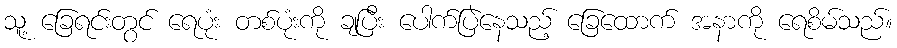
သူ့ ခြေရင်းတွင် ရေပုံး တစ်ပုံးကို ချပြီး ပေါက်ပြဲနေသည့် ခြေထောက် အနာကို ရေစိမ်သည်။